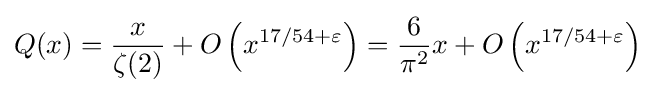
Q(x)={\frac {x}{\zeta (2)}}+O\left(x^{17/54+\varepsilon }\right)={\frac {6}{\pi ^{2}}}x+O\left(x^{17/54+\varepsilon }\right)